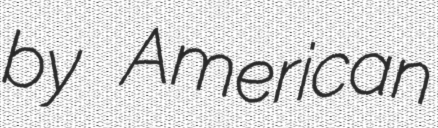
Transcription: by American